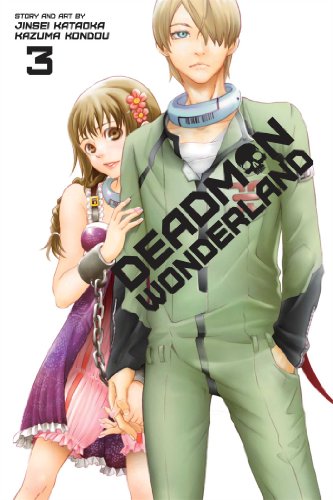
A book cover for Deadman Wonderland, Vol. 3; Jinsei Kataoka; Comics & Graphic Novels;